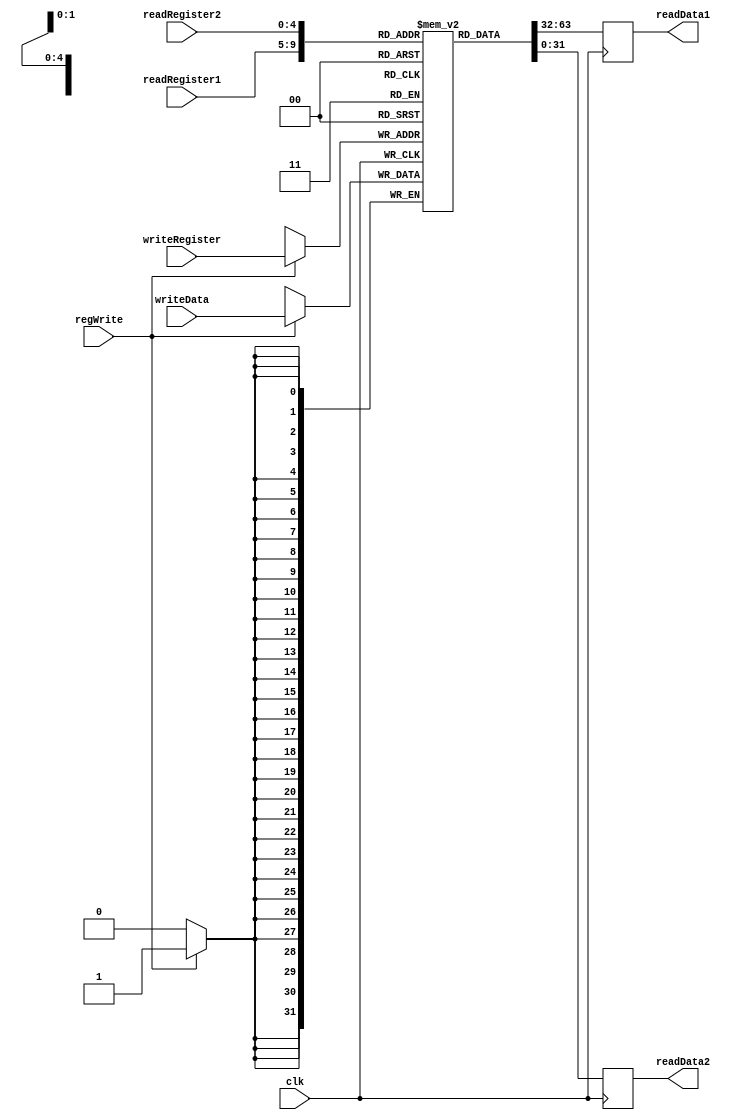
/*
    * registers module
    * @author: Veerendra
*/

module Registers(readData1,readData2,readRegister1,readRegister2,regWrite,writeRegister,writeData,clk);
input[4:0] readRegister1,readRegister2,writeRegister;
input regWrite,clk;
input[31:0] writeData;
output[31:0] readData1,readData2;
reg[31:0] readData1,readData2;
integer i;
//registers which stores data
reg[31:0] registers[31:0];//registers created

initial begin
    
    for(i=0;i<32;i=i+1)begin
        registers[i]=32'd0;
    end
end
always @(posedge clk) begin
    $display("%d %d %d %d", registers[1], registers[2], registers[8], registers[9]);
    readData1 <= registers[readRegister1];
    readData2 <= registers[readRegister2];
end
always @(negedge clk) begin
    if(regWrite==1'd1) begin
        registers[writeRegister]=writeData;
    end
end
endmodule

// module tb();
// reg[4:0] readRegister1,readRegister2,writeRegister;
// reg regWrite,clk;
// reg[31:0] writeData;
// wire[31:0] readData1,readData2;

// Registers uut(readData1,readData2,readRegister1,readRegister2,regWrite,writeRegister,writeData,clk);
// initial begin
//     $dumpfile("output.vcd");
//     $dumpvars(0,tb);
//     clk=1'b1;
//     readRegister1=4'd0;
//     readRegister2=4'd1;
//     writeRegister=4'd0;
//     regWrite=1'b1;
//     writeData=32'd9;
//     #1 clk=1'b0;
//     #1 clk=1'b1;
//     #1 clk=1'd0;
// end
// endmodule